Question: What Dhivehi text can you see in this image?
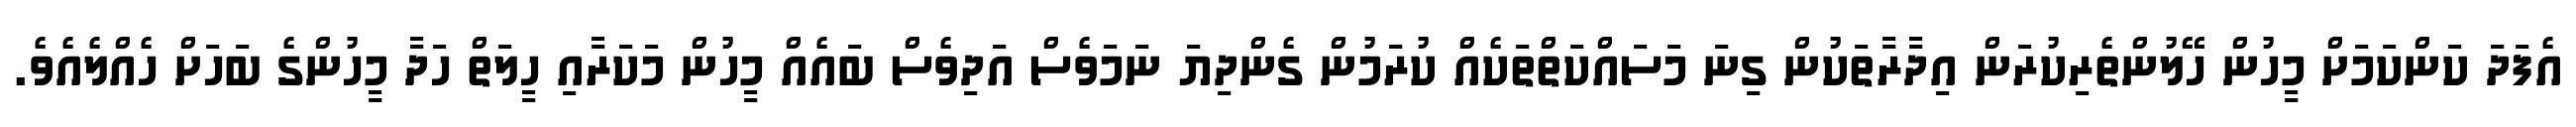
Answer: އެފަދަ ކަންކަމަށް މީހުން ހޭލުންތެރިކުރަން އިދާރާތަކުން ގިނަ މަސައްކަތްތަކެއް ކުރަމުން ގެންދިޔަ ނަމަވެސް އަދިވެސް ބައެއް މީހުން މަކަރާއި ހީލަތް ހަދާ މީހުންގެ ބަހަށް ހެއްލެއެވެ.